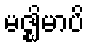
မဇ္ဈိမာပိ